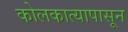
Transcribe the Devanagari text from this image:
कोलकात्यापासून